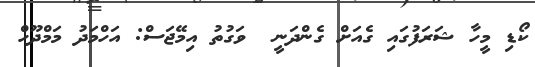
ކޯޑި މީހާ ޝަރަފުގައި ގެއަށް ގެންދަނީ  ވަގުތު އިމޭޖަސް: އަހްމަދު މަމްދޫހް